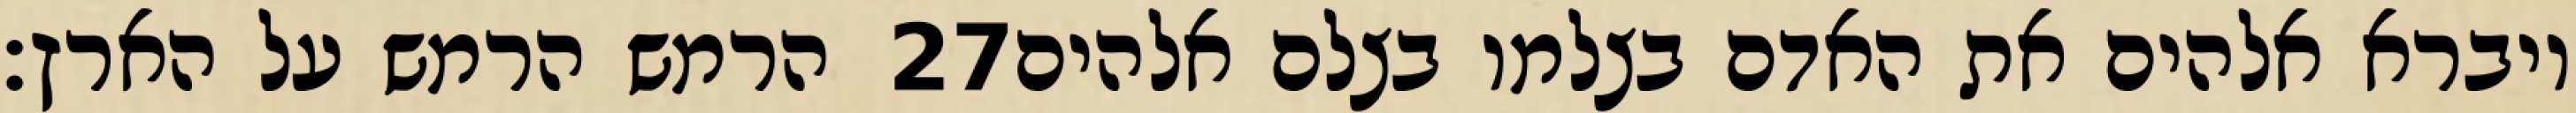
הרמש הרמש על הארץ׃ ‎27‏ ויברא אלהים את האדם בצלמו בצלם אלהים